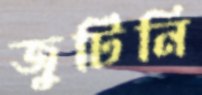
জুটিনি